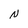
Character: N